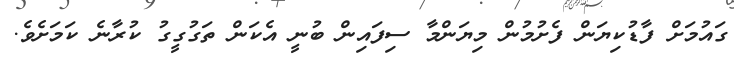
ގައުމަށް ފާޑުކިޔަން ފެށުމުން މިޔަންމާ ސިފައިން ބުނީ އެކަން ތަގުގީގު ކުރާނެ ކަމަށެވެ.